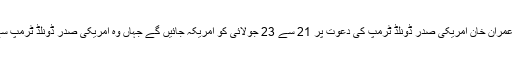
خیال رہے کہ وزیراعظم عمران خان امریکی صدر ڈونلڈ ٹرمپ کی دعوت پر 21 سے 23 جولائی کو امریکہ جائیں گے جہاں وہ امریکی صدر ڈونلڈ ٹرمپ سے بھی ملاقات کریں گے۔